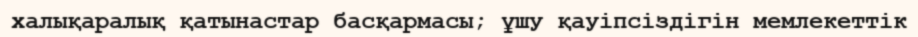
халықаралық қатынастар басқармасы; ұшу қауіпсіздігін мемлекеттік